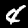
Digit: 4